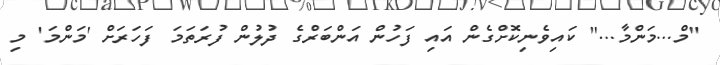
"މް...މަންމާ..." ކައިވެނިކޮށްގެން އައި ފަހުން އަންބަރްގެ ދުލުން ފުރަތަމަ ފަހަރަށް 'މަންމަ' މި